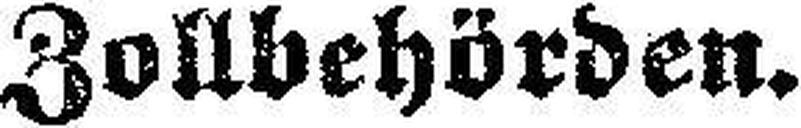
Zollbehörden.